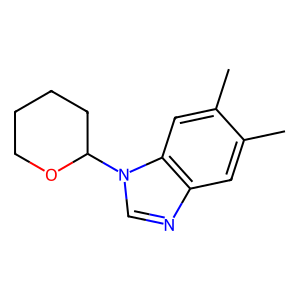
SMILES: Cc1cc2ncn(C3CCCCO3)c2cc1C
Inhibits HIV replication: No